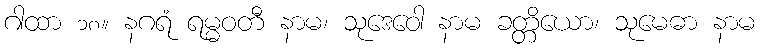
ဂါထာ ၁၈။ နဂရံ ရမ္မဝတီ နာမ၊ သုဒေဝေါ နာမ ခတ္တိယော၊ သုမေဓာ နာမ